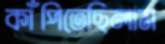
কাঁপিতেছিলাম